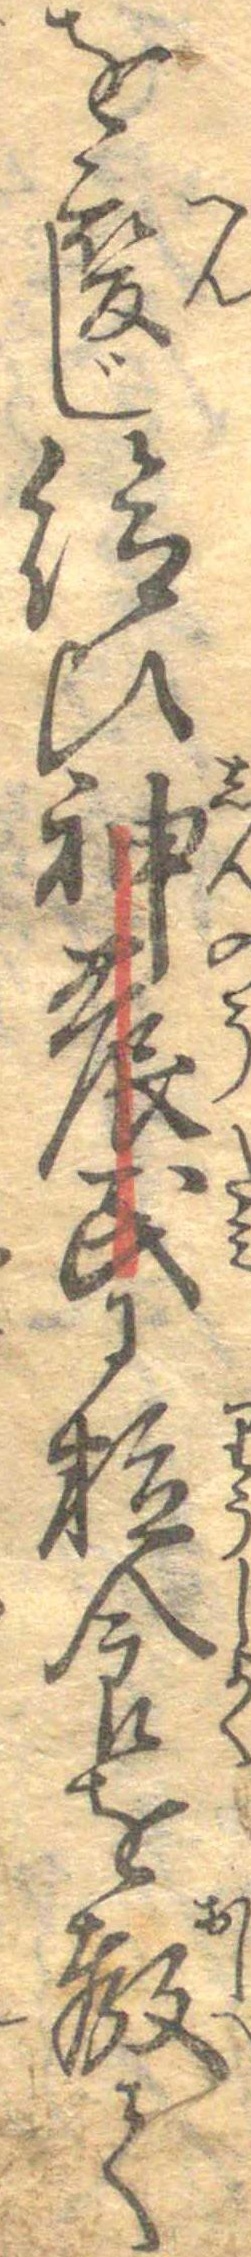
を変じ給ひ神農民に粒食を教て